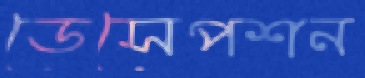
ডেসেপশন